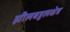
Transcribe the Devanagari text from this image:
झीलबहुलक्षेत्र